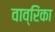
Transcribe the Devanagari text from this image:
वाव्रिंका